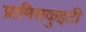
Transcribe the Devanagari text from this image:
प्रामिसकुइटी